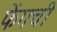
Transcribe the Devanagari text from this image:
फेंगची